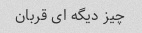
چیز دیگه ای قربان